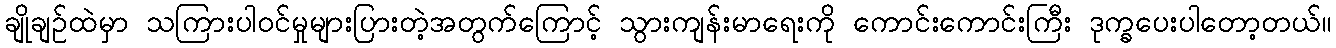
ချိုချဉ်ထဲမှာ သကြားပါဝင်မှုများပြားတဲ့အတွက်ကြောင့် သွားကျန်းမာရေးကို ကောင်းကောင်းကြီး ဒုက္ခပေးပါတော့တယ်။